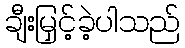
ချီးမြှင့်ခဲ့ပါသည်